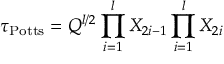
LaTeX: \tau _ { \mathrm { P o t t s } } = Q ^ { l / 2 } \prod _ { i = 1 } ^ { l } X _ { 2 i - 1 } \prod _ { i = 1 } ^ { l } X _ { 2 i }